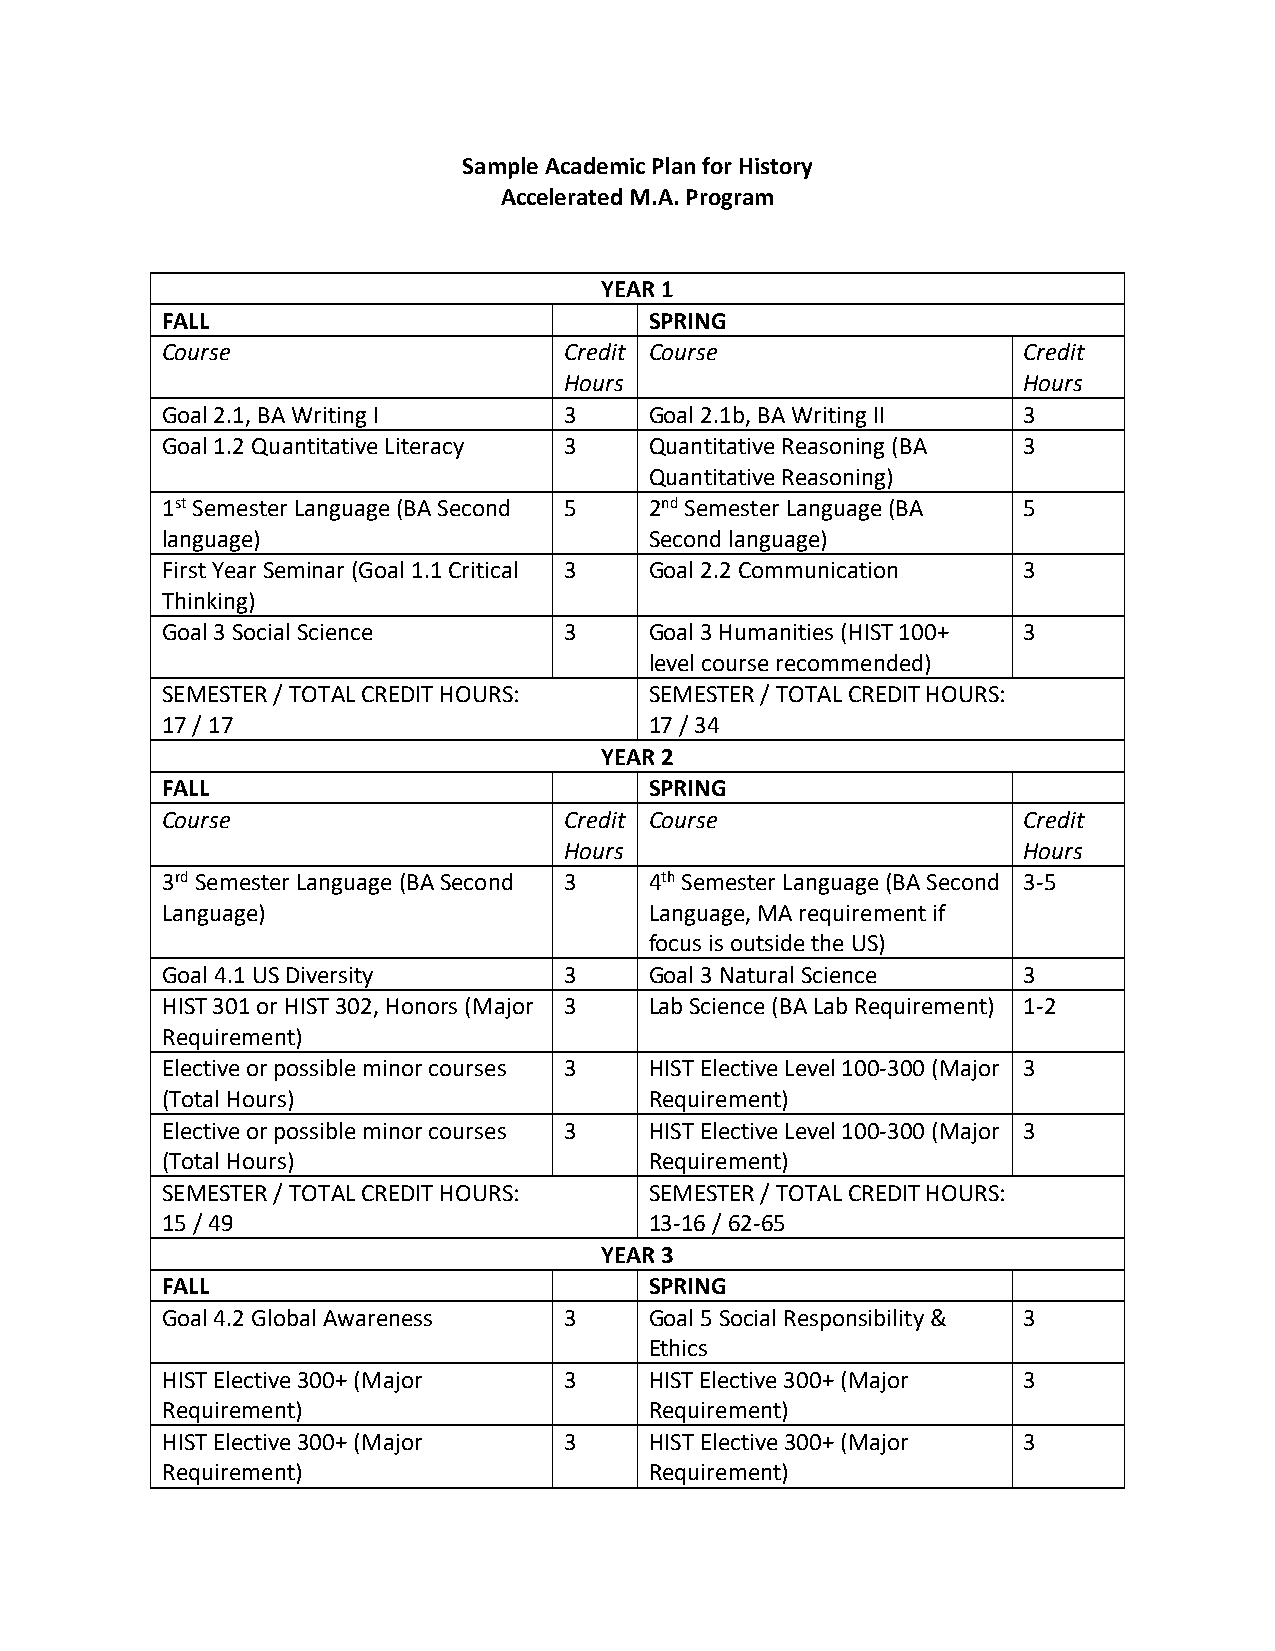
Sample Academic Plan for History
 Accelerated M.A. Program
 YEAR 1
 FALL                            SPRING
 Course                    Credit Course                  Credit
 Hours                          Hours
 Goal 2.1, BA Writing I    3     Goal 2.1b, BA Writing II 3
 Goal 1.2 Quantitative Literacy 3 Quantitative Reasoning (BA 3
 Quantitative Reasoning)
 1st Semester Language (BA Second 5 2nd Semester Language (BA 5
 language)                       Second language)
 First Year Seminar (Goal 1.1 Critical 3 Goal 2.2 Communication 3
 Thinking)
 Goal 3 Social Science     3     Goal 3 Humanities (HIST 100+ 3
 level course recommended)
 SEMESTER / TOTAL CREDIT HOURS:  SEMESTER / TOTAL CREDIT HOURS:
 17 / 17                         17 / 34
 YEAR 2
 FALL                            SPRING
 Course                    Credit Course                  Credit
 Hours                          Hours
 3rd Semester Language (BA Second 3 4th Semester Language (BA Second 3-5
 Language)                       Language, MA requirement if
 focus is outside the US)
 Goal 4.1 US Diversity     3     Goal 3 Natural Science   3
 HIST 301 or HIST 302, Honors (Major 3 Lab Science (BA Lab Requirement) 1-2
 Requirement)
 Elective or possible minor courses 3 HIST Elective Level 100-300 (Major 3
 (Total Hours)                   Requirement)
 Elective or possible minor courses 3 HIST Elective Level 100-300 (Major 3
 (Total Hours)                   Requirement)
 SEMESTER / TOTAL CREDIT HOURS:  SEMESTER / TOTAL CREDIT HOURS:
 15 / 49                         13-16 / 62-65
 YEAR 3
 FALL                            SPRING
 Goal 4.2 Global Awareness 3     Goal 5 Social Responsibility & 3
 Ethics
 HIST Elective 300+ (Major 3     HIST Elective 300+ (Major 3
 Requirement)                    Requirement)
 HIST Elective 300+ (Major 3     HIST Elective 300+ (Major 3
 Requirement)                    Requirement)